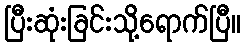
ပြီးဆုံးခြင်းသို့ရောက်ပြီ။